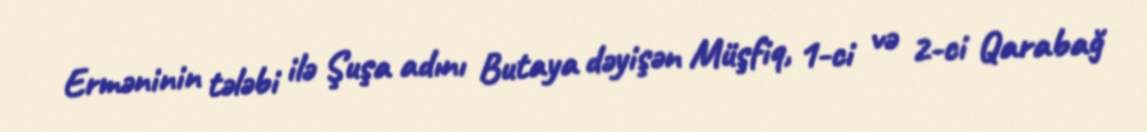
Erməninin tələbi ilə Şuşa adını Butaya dəyişən Müşfiq, 1-ci və 2-ci Qarabağ